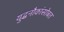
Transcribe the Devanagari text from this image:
युद्धनौकांसोबत